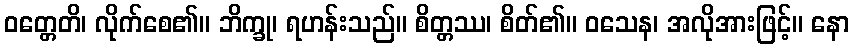
ဝတ္တေတိ၊ လိုက်စေ၏။ ဘိက္ခု၊ ရဟန်းသည်။ စိတ္တဿ၊ စိတ်၏။ ဝသေန၊ အလိုအားဖြင့်။ နော